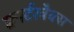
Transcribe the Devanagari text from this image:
क्वार्टरबैक्स